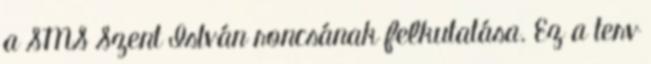
a SMS Szent István roncsának felkutatása. Ez a terv